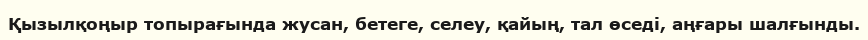
Қызылқоңыр топырағында жусан, бетеге, селеу, қайың, тал өседі, аңғары шалғынды.